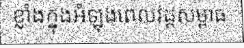
ខ្លាំងក្នុងអំឡុងពេលវដ្តសម្ពាធ